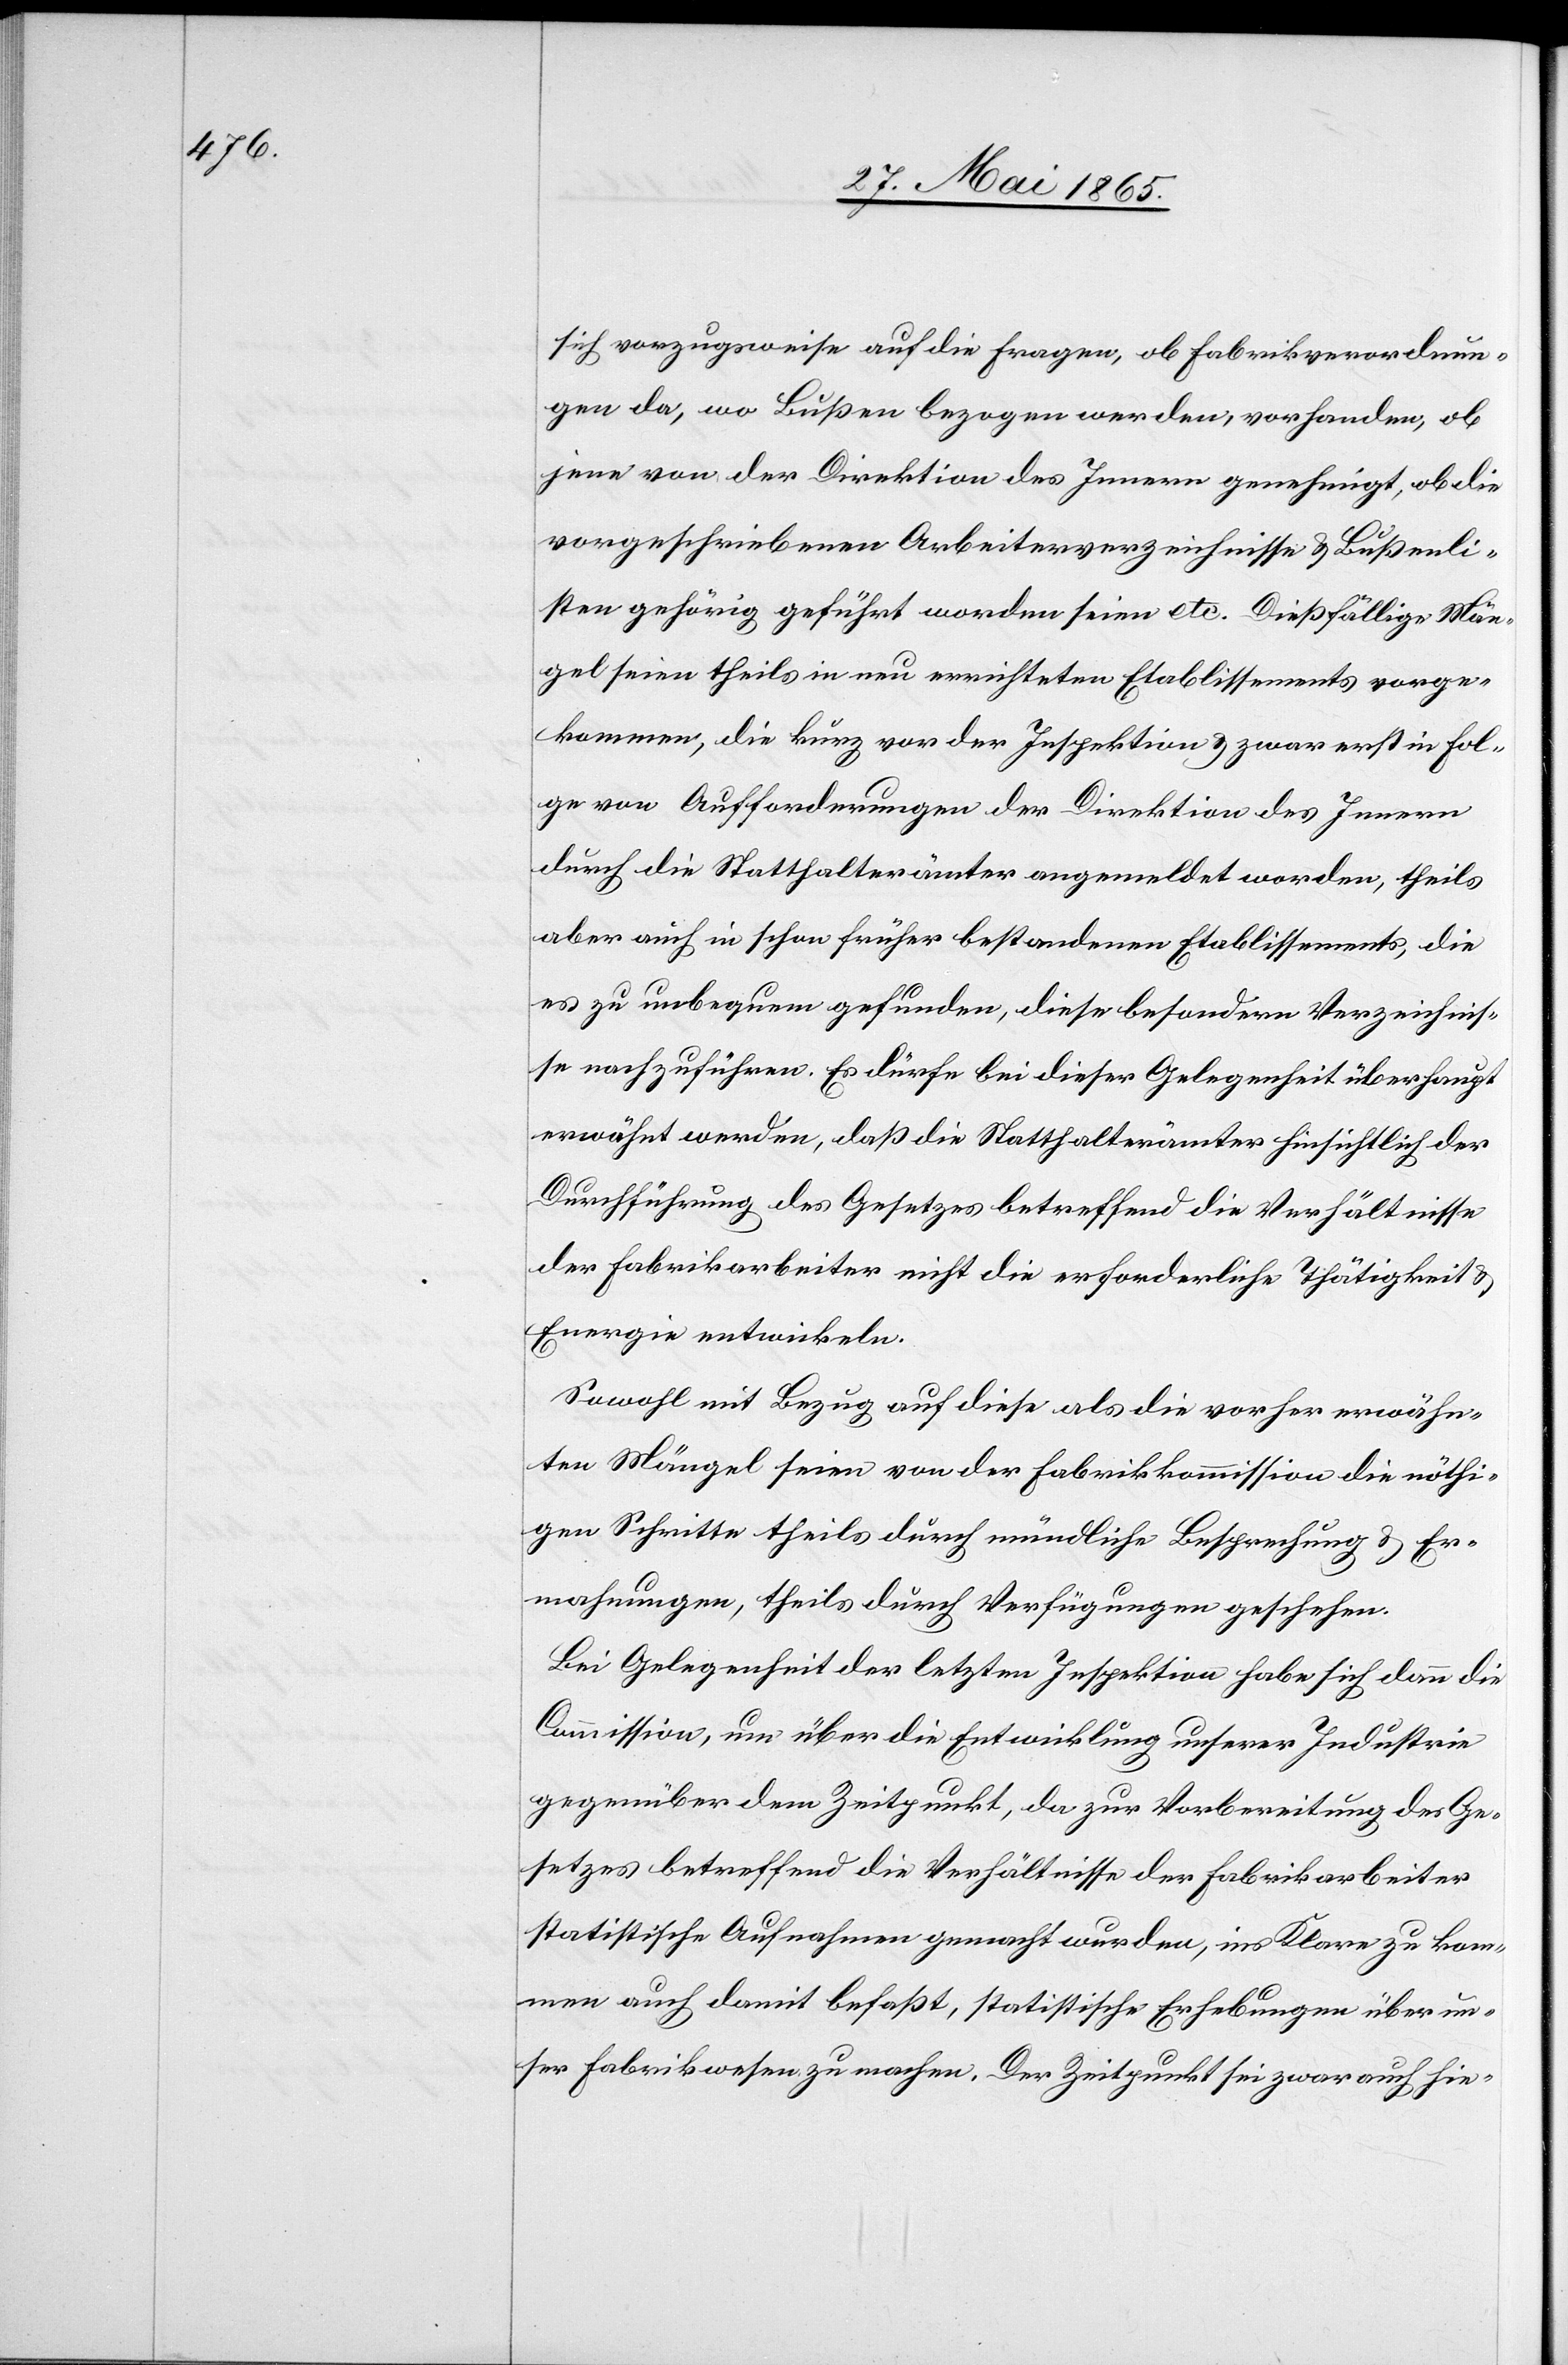
sich vorzugsweise auf die Fragen, ob Fabrikverordnun¬
gen da, wo Bußen bezogen werden, vorhanden, ob
jene von der Direktion des Innern genehmigt, ob die
vorgeschriebenen Arbeiterverzeichnisse & Bußenli¬
sten gehörig geführt worden seien etc. Dießfällige Män¬
gel seien theils in neu errichteten Etablissements vorge¬
kommen, die kurz vor der Inspektion & zwar erst in Fol¬
ge von Aufforderungen der Direktion des Innern
durch die Statthalterämter angemeldet worden, theils
aber auch in schon früher bestandenen Etablissements, die
es zu unbequem gefunden, diese besondern Verzeichnis¬
se nachzuführen. Es dürfe bei dieser Gelegenheit überhaupt
erwähnt werden, daß die Statthalterämter hinsichtlich der
Durchführung des Gesetzes betreffend die Verhältnisse
der Fabrikarbeiter nicht die erforderliche Thätigkeit &
Energie entwickeln.
Sowohl mit Bezug auf diese als die vorher erwähn¬
ten Mängel seien von der Fabrikkommission die nöthi¬
gen Schritte theils durch mündliche Besprechung & Er¬
mahnungen, theils durch Verfügungen geschehen.
Bei Gelegenheit der letzten Inspektion habe sich dann die
Commission, um über die Entwicklung unserer Industrie
gegenüber dem Zeitpunkt, da zur Vorbereitung des Ge¬
setzes betreffend die Verhältnisse der Fabrikarbeiter
statistische Aufnahmen gemacht wurden, ins Klare zu kom¬
men auch damit befaßt, statistische Erhebungen über un¬
ser Fabrikwesen zu machen. Der Zeitpunkt sei zwar auch hie-